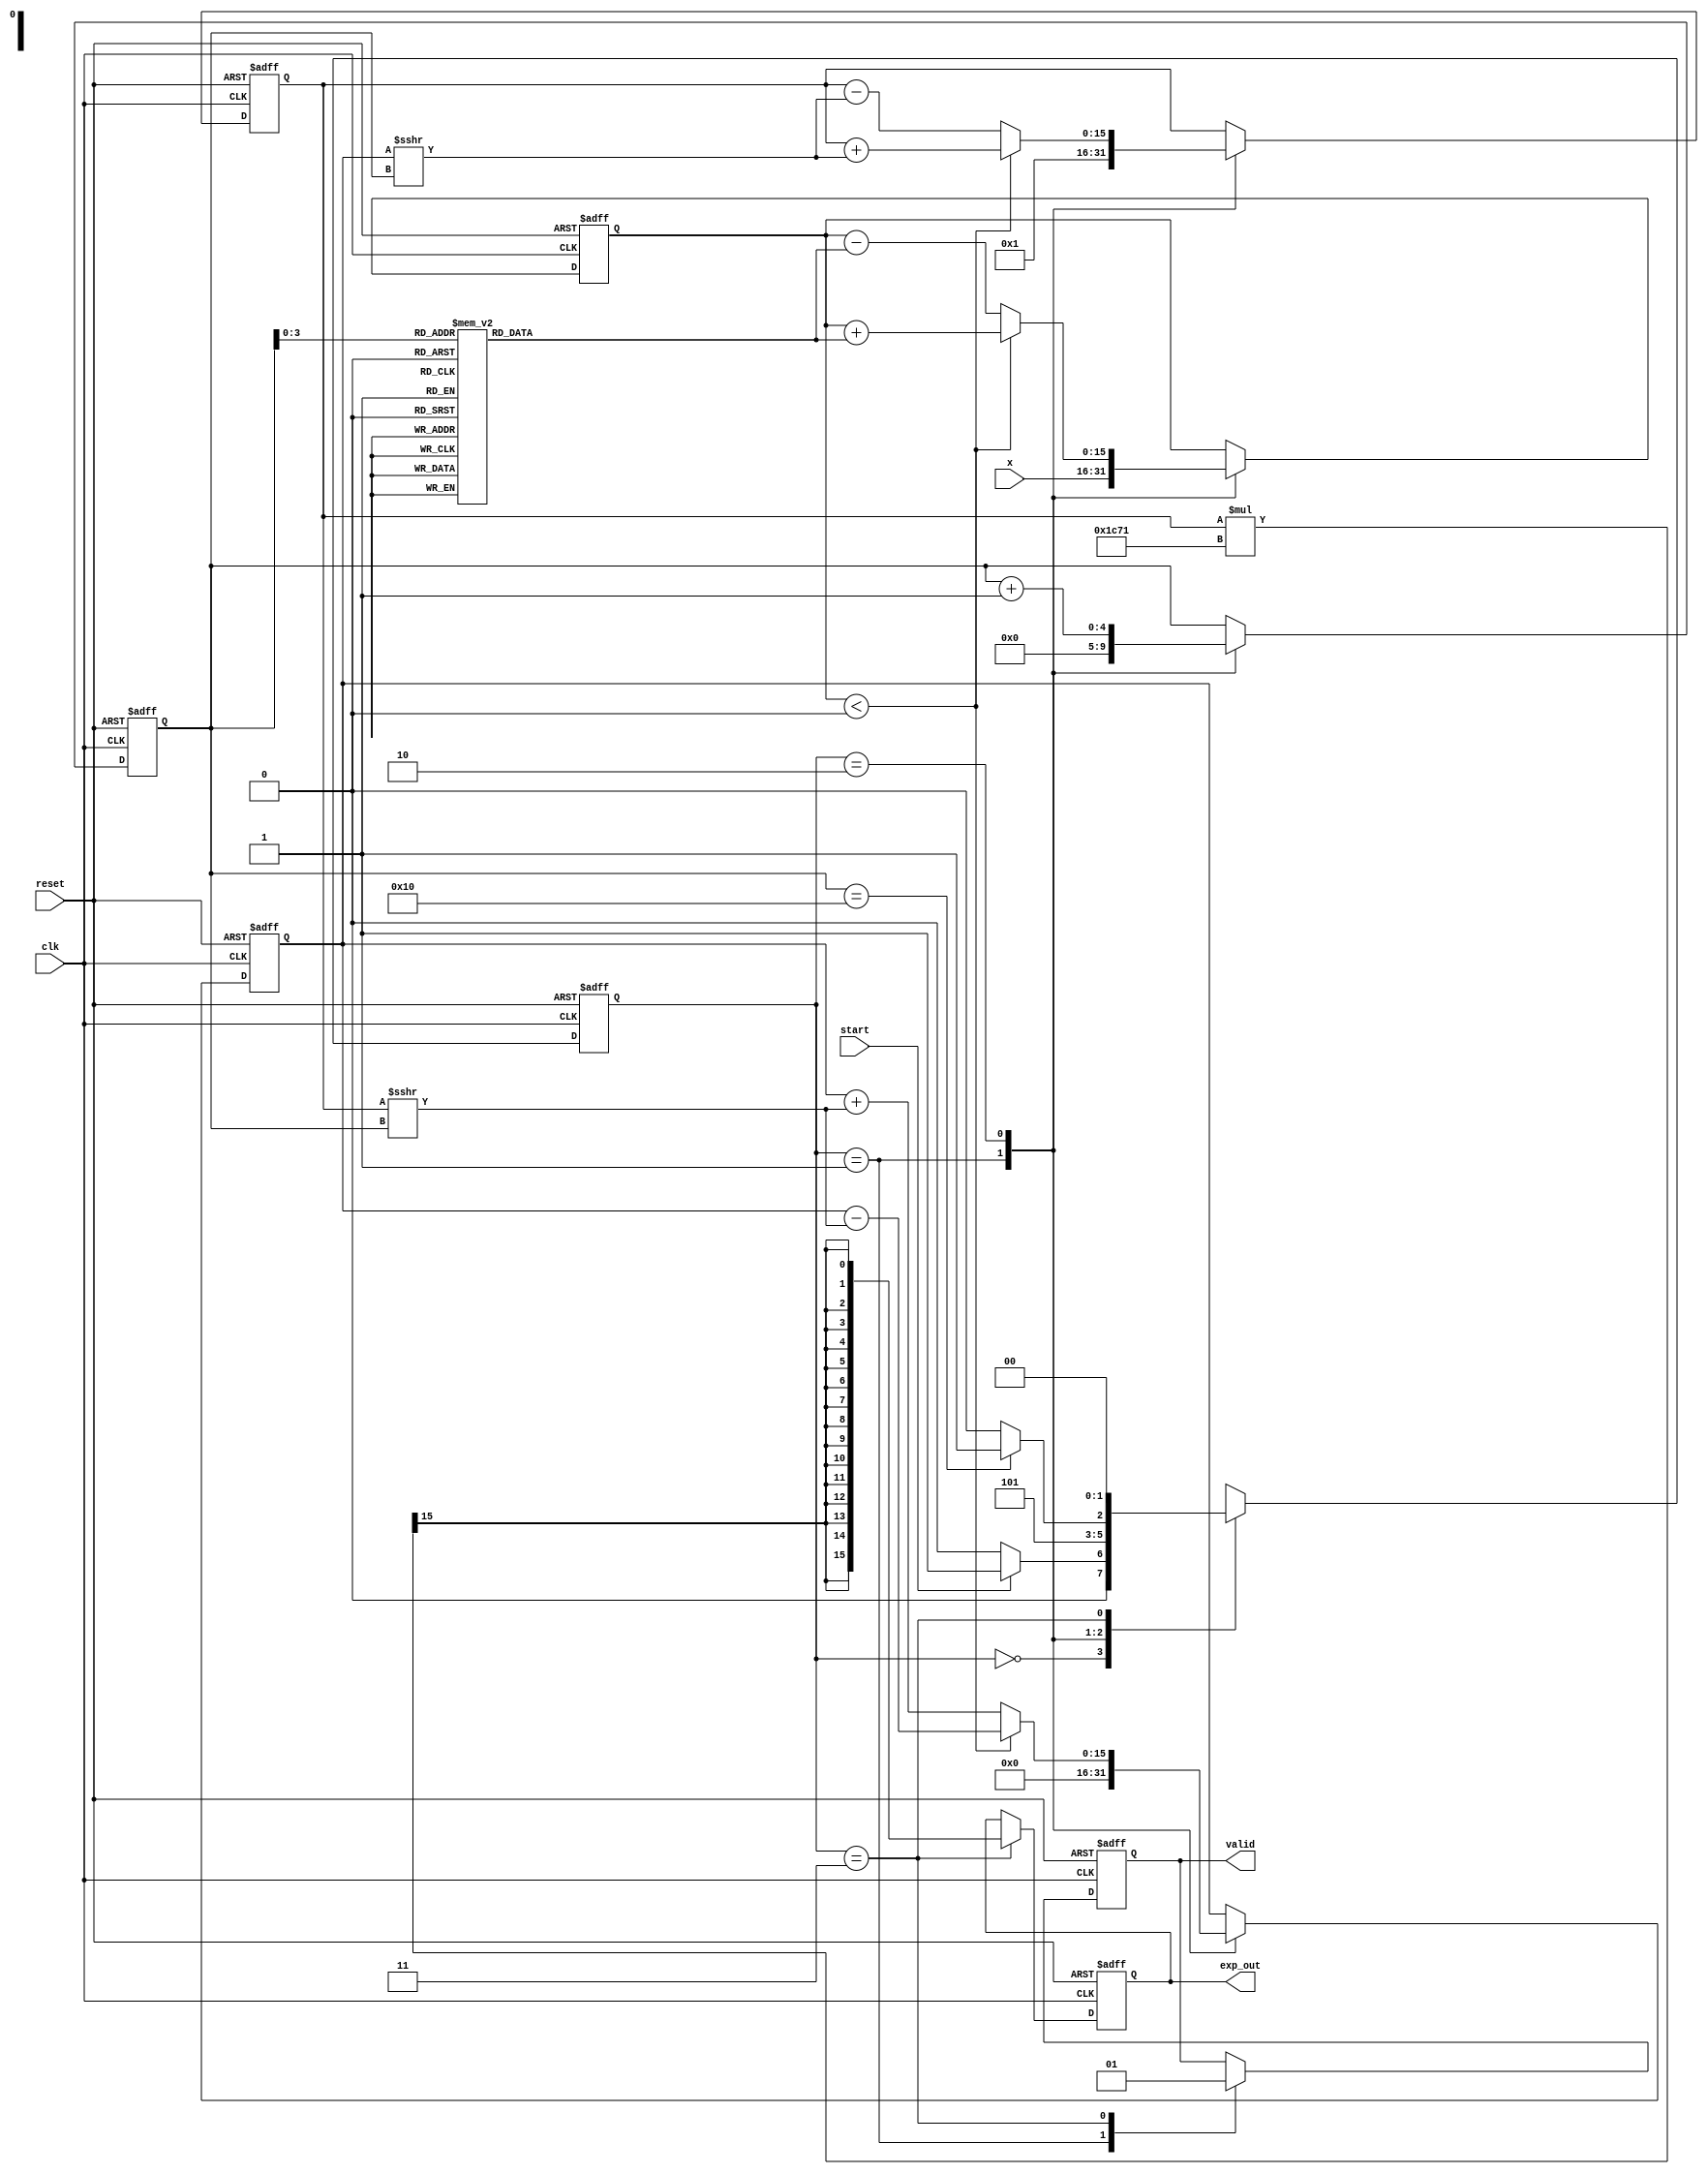
module cordic_exponential #(
    parameter DATA_WIDTH = 16,
    parameter ITERATIONS = 16
) (
    input wire clk,
    input wire reset,
    input wire start,
    input wire signed [DATA_WIDTH-1:0] x,       // Input value in fixed-point
    output reg signed [DATA_WIDTH-1:0] exp_out,  // Output result
    output reg valid
);

    // CORDIC angle LUT (in radians) - These should be scaled appropriately
    reg [DATA_WIDTH-1:0] atan_table [0:ITERATIONS-1];
    initial begin
        // Load precomputed atan values (in fixed-point format)
        atan_table[0] = 16'h1C71; // atan(0.5) in fixed-point
        atan_table[1] = 16'h1598; // atan(0.25) in fixed-point
        // Continue that pattern...
    end

    // Scaling factor
    reg signed [DATA_WIDTH-1:0] scaling_factor;

    // State definitions
    localparam IDLE = 2'b00, INITIALIZE = 2'b01, ITERATE = 2'b10, DONE = 2'b11;
    reg [1:0] state, next_state;
    
    // Internal signals
    reg signed [DATA_WIDTH-1:0] z;             // Input value
    reg signed [DATA_WIDTH-1:0] x_i, y_i;      // CORDIC position
    reg [4:0] iteration_count;                  // Iteration counter

    // Control logic for state transitions
    always @(posedge clk or posedge reset) begin
        if (reset) begin
            state <= IDLE;
        end else begin
            state <= next_state;
        end
    end

    // Next state logic
    always @(*) begin
        case (state)
            IDLE: if (start) next_state = INITIALIZE; else next_state = IDLE;
            INITIALIZE: next_state = ITERATE;
            ITERATE: if (iteration_count == ITERATIONS) next_state = DONE; else next_state = ITERATE;
            DONE: next_state = IDLE;
            default: next_state = IDLE;
        endcase
    end

    // Registers for calculation
    always @(posedge clk or posedge reset) begin
        if (reset) begin
            exp_out <= 0;
            valid <= 0;
            x_i <= 0;
            y_i <= 0;
            iteration_count <= 0;
            z <= 0;
        end else begin
            case (state)
                INITIALIZE: begin
                    x_i <= 16'h0001; // Initial x position to 1
                    y_i <= 0;       // Initial y position to 0
                    z <= x;        // Read input x
                    iteration_count <= 0; // Reset iteration counter
                    valid <= 0; // Output not valid till done
                end
                
                ITERATE: begin
                    // Compute rotation
                    if (z < 0) begin
                        // Apply rotation in one direction
                        x_i <= x_i + (y_i >>> iteration_count);
                        y_i <= y_i - (x_i >>> iteration_count);
                        z <= z + atan_table[iteration_count];
                    end else begin
                        // Apply rotation in the other direction
                        x_i <= x_i - (y_i >>> iteration_count);
                        y_i <= y_i + (x_i >>> iteration_count);
                        z <= z - atan_table[iteration_count];
                    end
                    
                    iteration_count <= iteration_count + 1;
                end
                
                DONE: begin
                    exp_out <= (x_i * scaling_factor) >>> (DATA_WIDTH - 1); // Scale the output
                    valid <= 1; // Signal that output is valid
                end
                
                default: begin
                    exp_out <= exp_out; // Retain value
                    valid <= valid;
                end
            endcase
        end
    end

    // Compute the scaling factor (can be done offline or precalculated)
    initial begin
        scaling_factor = 16'h1C71; // Example value for scaling
    end

endmodule